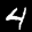
Label: 4